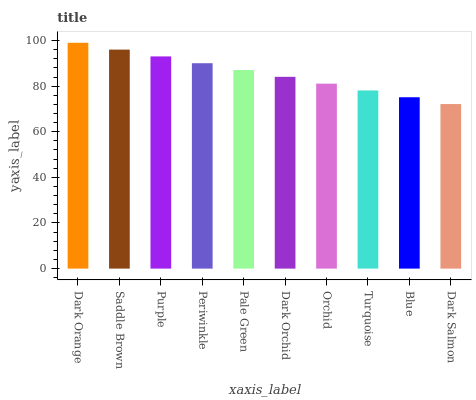
| xaxis_label | bars |
 | --- | --- |
 | Dark Orange | 99 |
 | Saddle Brown | 96 |
 | Purple | 93 |
 | Periwinkle | 90 |
 | Pale Green | 87.1 |
 | Dark Orchid | 84.1 |
 | Orchid | 81.1 |
 | Turquoise | 78.1 |
 | Blue | 75.1 |
 | Dark Salmon | 72.1 |